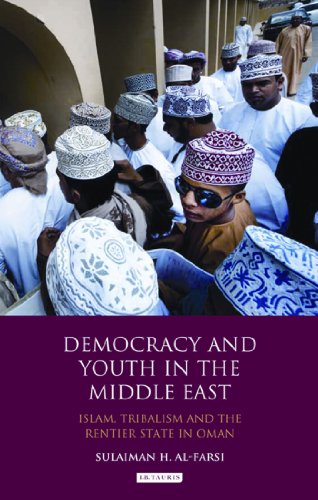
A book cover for Democracy and Youth in the Middle East: Islam, Tribalism and the Rentier State in Oman (Library of Modern Middle East Studies); Sulaiman al-Farsi; History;